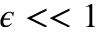
\epsilon < < 1